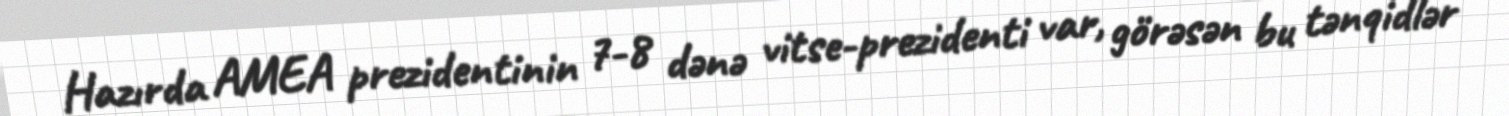
Hazırda AMEA prezidentinin 7-8 dənə vitse-prezidenti var, görəsən bu tənqidlər